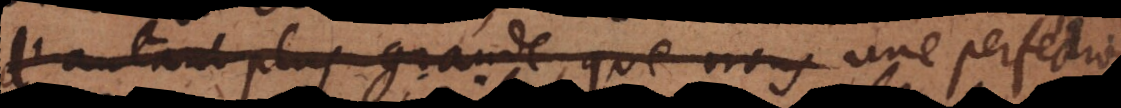
d’autant plus grande, que nous une perfection,